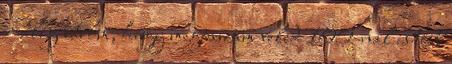
– alig várom, hogy megosszam veled 100-nál is több